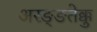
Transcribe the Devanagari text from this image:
अरङ्ङतेक्कु